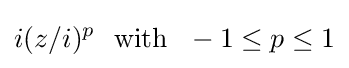
i(z/i)^{p}~{\text{ with }}~-1\leq p\leq 1